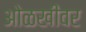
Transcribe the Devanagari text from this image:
ओळखीवर